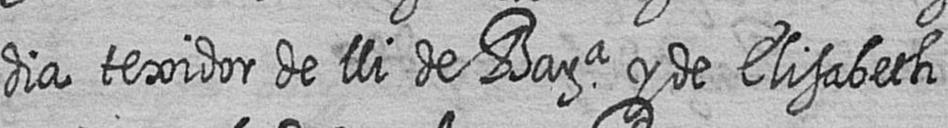
dia texidor de lli de Bara y de Elisabet